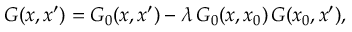
{ \cal G } ( x , x ^ { \prime } ) = { \cal G } _ { 0 } ( x , x ^ { \prime } ) - \lambda \, { \cal G } _ { 0 } ( x , x _ { 0 } ) \, { \cal G } ( x _ { 0 } , x ^ { \prime } ) ,